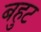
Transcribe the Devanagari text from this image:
बहुट